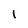
Character: I